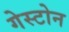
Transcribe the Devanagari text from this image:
गेस्टोन